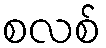
စလစ်